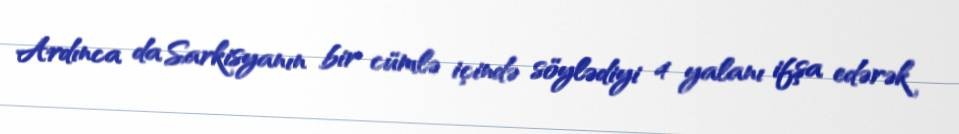
Ardınca da Sarkisyanın bir cümlə içində söylədiyi 4 yalanı ifşa edərək